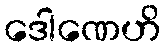
ဒေါဏေဟိ